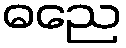
ဓညေ